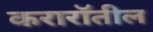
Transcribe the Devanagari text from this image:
करारॉतील